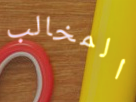
المخالب